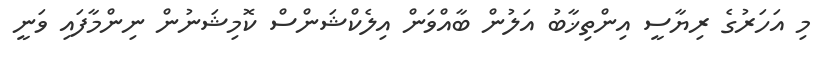
މި އަހަރުގެ ރިޔާސީ އިންތިޚާބު އަލުން ބާއްވަން އިލެކްޝަންސް ކޮމިޝަނުން ނިންމާފައި ވަނީ